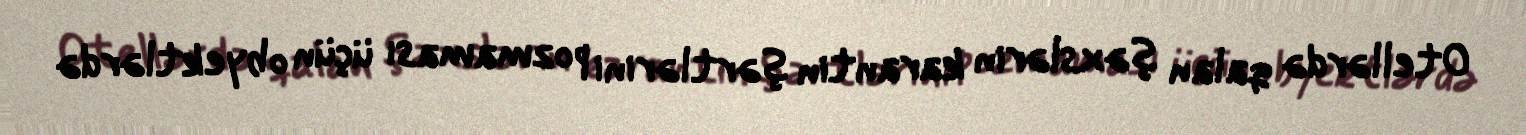
Otellərdə qalan şəxslərin karantin şərtlərini pozmaması üçün obyektlərdə